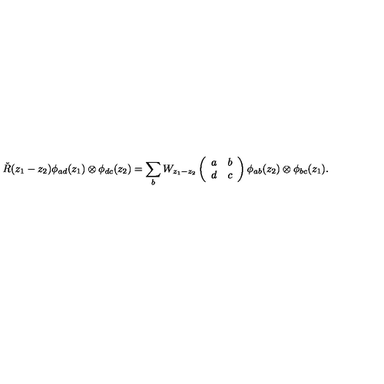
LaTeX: \check { R } ( z _ { 1 } - z _ { 2 } ) \phi _ { a d } ( z _ { 1 } ) \otimes \phi _ { d c } ( z _ { 2 } ) = \sum _ { b } W _ { z _ { 1 } - z _ { 2 } } \left( \begin{array} { c c } { a } & { b } \\ { d } & { c } \\ \end{array} \right) \phi _ { a b } ( z _ { 2 } ) \otimes \phi _ { b c } ( z _ { 1 } ) .